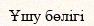
Ұшу бөлігі